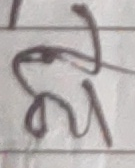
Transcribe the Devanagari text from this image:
येम